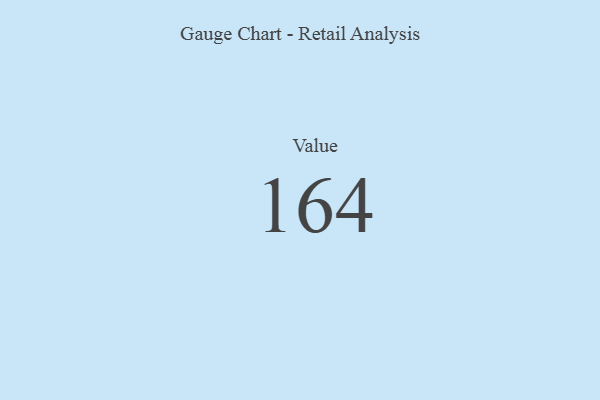
{"axis": {"x": "Metric", "y": "Value"}, "legend": [""], "data": [{"x": "Value", "y": 164, "type": ""}]}